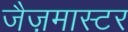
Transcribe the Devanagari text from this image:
जैज़मास्टर